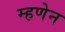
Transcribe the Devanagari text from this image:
म्हणेन